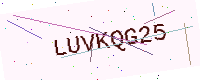
Text: LUVKQG25